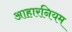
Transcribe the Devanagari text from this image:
आहारनियम